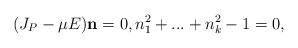
\begin{align*}(J_P-\mu E)\mathbf{n}=0, n_1^2+...+n_k^2-1=0,\end{align*}